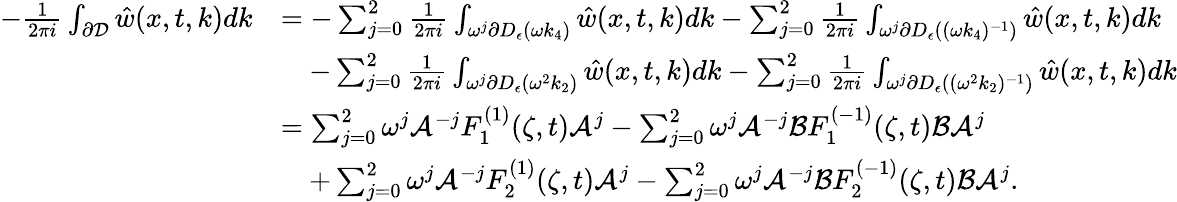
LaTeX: \begin{array}{rl}{-\frac{1}{2\pi i}\int_{\partial\mathcal{D}}\hat{w}(x,t,k)dk}&{=-\sum_{j=0}^{2}\frac{1}{2\pi i}\int_{\omega^{j}\partial D_{\epsilon}(\omega k_{4})}\hat{w}(x,t,k)dk-\sum_{j=0}^{2}\frac{1}{2\pi i}\int_{\omega^{j}\partial D_{\epsilon}((\omega k_{4})^{-1})}\hat{w}(x,t,k)dk}\\ &{\quad-\sum_{j=0}^{2}\frac{1}{2\pi i}\int_{\omega^{j}\partial D_{\epsilon}(\omega^{2}k_{2})}\hat{w}(x,t,k)dk-\sum_{j=0}^{2}\frac{1}{2\pi i}\int_{\omega^{j}\partial D_{\epsilon}((\omega^{2}k_{2})^{-1})}\hat{w}(x,t,k)dk}\\ &{=\sum_{j=0}^{2}\omega^{j}\mathcal{A}^{-j}F_{1}^{(1)}(\zeta,t)\mathcal{A}^{j}-\sum_{j=0}^{2}\omega^{j}\mathcal{A}^{-j}\mathcal{B}F_{1}^{(-1)}(\zeta,t)\mathcal{B}\mathcal{A}^{j}}\\ &{\quad+\sum_{j=0}^{2}\omega^{j}\mathcal{A}^{-j}F_{2}^{(1)}(\zeta,t)\mathcal{A}^{j}-\sum_{j=0}^{2}\omega^{j}\mathcal{A}^{-j}\mathcal{B}F_{2}^{(-1)}(\zeta,t)\mathcal{B}\mathcal{A}^{j}.}\end{array}